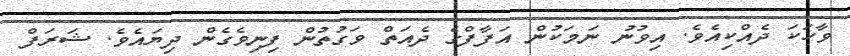
ވާހަކަ ދެއްކިއެވެ. އިވުނު ނަމަކުން އަފާފްގެ ދެއަތް ވަގުތުން ފިނިވެގެން ދިޔައެވެ. ޝަރަފް